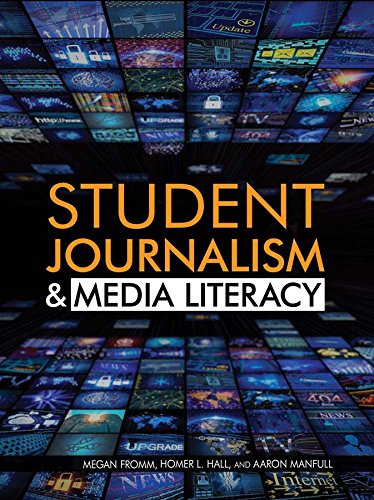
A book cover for Student Journalism and Media Literacy; Homer L. Hall; Teen & Young Adult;